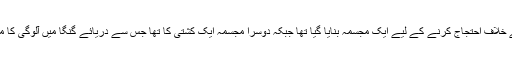
سنہ 2013 میں ریپ کے خلاف احتجاج کرنے کے لیے ایک مجسمہ بنایا گیا تھا جبکہ دوسرا مجسمہ ایک کشتی کا تھا جس سے دریائے گنگا میں آلوگی کا مسئلہ اجاگر کیا جا رہا تھا۔